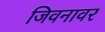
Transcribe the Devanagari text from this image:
जिवनावर